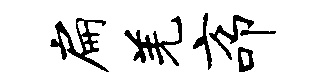
扁羌方叩